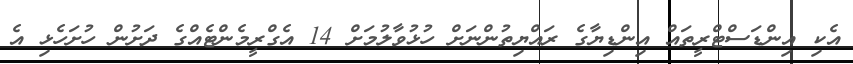
އެކި އިންޑަސްޓްރީތައް އިންޑިޔާގެ ރައްޔިތުންނަށް ހުޅުވާލުމަށް 14 އެގްރީމެންޓެއްގެ ދަށުން ހުށަހެޅި އެ